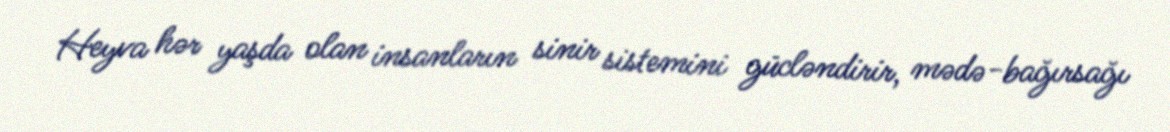
Heyva hər yaşda olan insanların sinir sistemini gücləndirir, mədə-bağırsağı